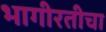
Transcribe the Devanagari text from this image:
भागीरतीचा